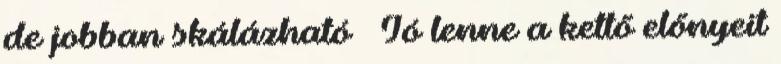
de jobban skálázható ● Jó lenne a kettő előnyeit